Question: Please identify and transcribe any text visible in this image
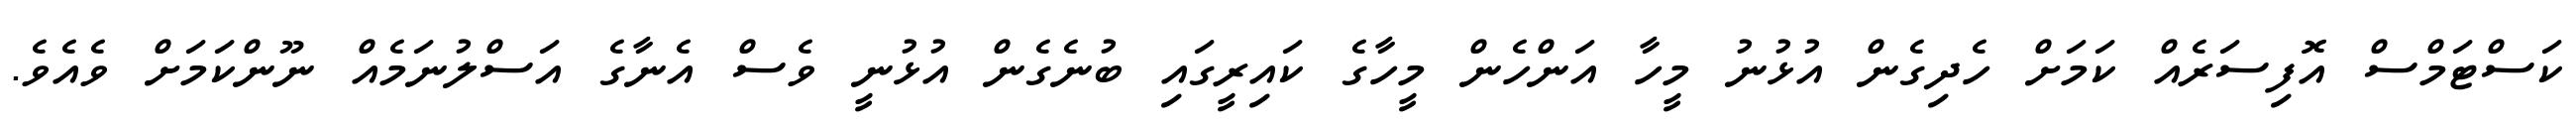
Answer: ކަސްޓަމްސް އޮފިސަރެއް ކަމަށް ހެދިގެން އުޅުނު މީހާ އަންހެން މީހާގެ ކައިރީގައި ބުނެގެން އުޅުނީ ވެސް އެނާގެ އަސްލުނަމެއް ނޫންކަމަށް ވެއެވެ.